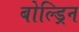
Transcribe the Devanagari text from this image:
बोल्ड्रिन